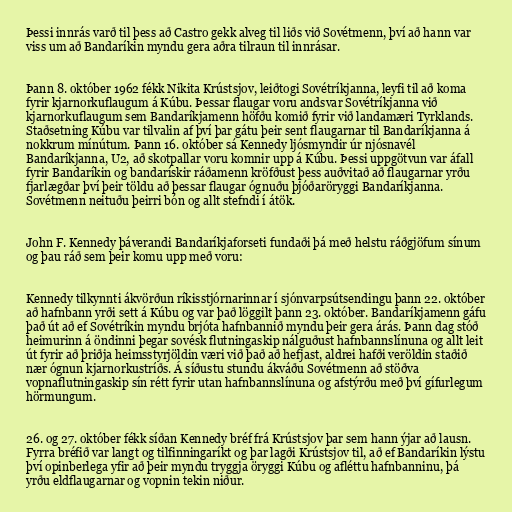
Þessi innrás varð til þess að Castro gekk alveg til liðs við Sovétmenn, því að hann var
viss um að Bandaríkin myndu gera aðra tilraun til innrásar.

Þann 8. október 1962 fékk Nikita Krústsjov, leiðtogi Sovétríkjanna, leyfi til að koma
fyrir kjarnorkuflaugum á Kúbu. Þessar flaugar voru andsvar Sovétríkjanna við
kjarnorkuflaugum sem Bandaríkjamenn höfðu komið fyrir við landamæri Tyrklands.
Staðsetning Kúbu var tilvalin af því þar gátu þeir sent flaugarnar til Bandaríkjanna á
nokkrum mínútum. Þann 16. október sá Kennedy ljósmyndir úr njósnavél
Bandaríkjanna, U2, að skotpallar voru komnir upp á Kúbu. Þessi uppgötvun var áfall
fyrir Bandaríkin og bandarískir ráðamenn kröfðust þess auðvitað að flaugarnar yrðu
fjarlægðar því þeir töldu að þessar flaugar ógnuðu þjóðaröryggi Bandaríkjanna.
Sovétmenn neituðu þeirri bón og allt stefndi í átök.

John F. Kennedy þáverandi Bandaríkjaforseti fundaði þá með helstu ráðgjöfum sínum
og þau ráð sem þeir komu upp með voru:

Kennedy tilkynnti ákvörðun ríkisstjórnarinnar í sjónvarpsútsendingu þann 22. október
að hafnbann yrði sett á Kúbu og var það löggilt þann 23. október. Bandaríkjamenn gáfu
það út að ef Sovétríkin myndu brjóta hafnbannið myndu þeir gera árás. Þann dag stóð
heimurinn á öndinni þegar sovésk flutningaskip nálguðust hafnbannslínuna og allt leit
út fyrir að þriðja heimsstyrjöldin væri við það að hefjast, aldrei hafði veröldin staðið
nær ógnun kjarnorkustríðs. Á síðustu stundu ákváðu Sovétmenn að stöðva
vopnaflutningaskip sín rétt fyrir utan hafnbannslínuna og afstýrðu með því gífurlegum
hörmungum.

26. og 27. október fékk síðan Kennedy bréf frá Krústsjov þar sem hann ýjar að lausn.
Fyrra bréfið var langt og tilfinningaríkt og þar lagði Krústsjov til, að ef Bandaríkin lýstu
því opinberlega yfir að þeir myndu tryggja öryggi Kúbu og afléttu hafnbanninu, þá
yrðu eldflaugarnar og vopnin tekin niður.